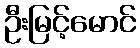
ဦးမြင့်မောင်